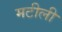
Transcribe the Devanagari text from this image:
मटीली